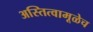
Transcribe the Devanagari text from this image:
अस्तित्वामूळेच